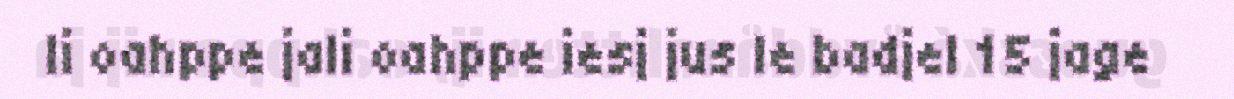
li oahppe jali oahppe iesj jus le badjel 15 jage